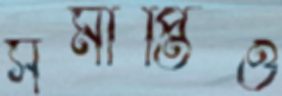
সমাপ্তিও